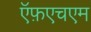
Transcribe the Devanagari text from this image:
ऍफ़एचएम